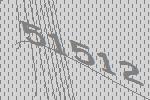
51512